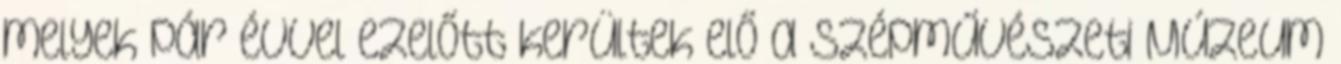
melyek pár évvel ezelőtt kerültek elő a Szépművészeti Múzeum